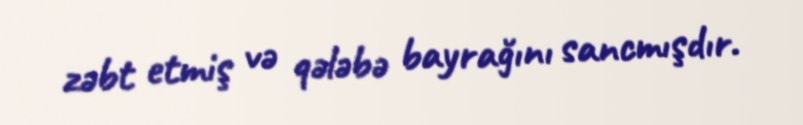
zəbt etmiş və qələbə bayrağını sancmışdır.